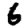
Digit: 6